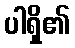
ပါရှိ၏